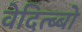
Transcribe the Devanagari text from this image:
वेदित्ब्बो